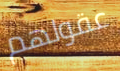
عقولهم